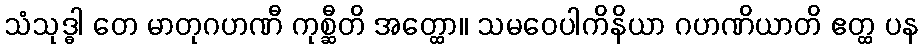
သံသုဒ္ဓါ တေ မာတုဂဟဏီ ကုစ္ဆီတိ အတ္ထော။ သမဝေပါကိနိယာ ဂဟဏိယာတိ ဧတ္ထ ပန